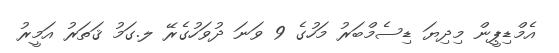
އެމްޑިޕީން މިދިޔަ ޑިސެމްބަރު މަހުގެ 9 ވަނަ ދުވަހުގެރޭ ލ.ގަމު ޤަތަރު އަމީރު